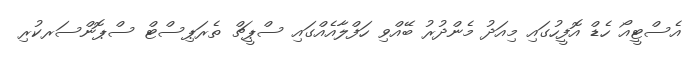
އެސްޓީއޯ ހެޑް އޮފީހުގައި މިއަދު މެންދުރު ބޭއްވި ހަފްލާއެއްގައި ސްޕީޗް ތެރަޕިސްޓް ސްޕޮންސަރކުރި